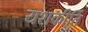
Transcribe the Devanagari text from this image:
यशकीर्ति